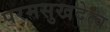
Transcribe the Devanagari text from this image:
परमसुखदेत्व